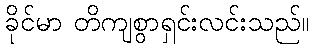
ခိုင်မာ တိကျစွာရှင်းလင်းသည်။